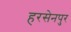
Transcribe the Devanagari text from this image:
हरसेनपुर